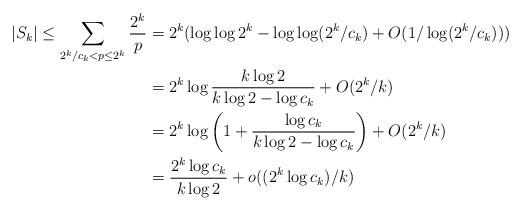
LaTeX: \begin{align*} \vert S_k\vert \leq \sum_{2^k/c_k<p\leq 2^k} \frac{2^k}{p}&=2^k(\log\log 2^k-\log\log (2^k/c_k)+O(1/\log(2^k/c_k)))\\ &=2^k\log \frac{k\log 2}{k\log 2-\log c_k} + O(2^k/k)\\ &=2^k\log\left(1+\frac{\log c_k}{k\log 2-\log c_k}\right)+O(2^k/k)\\ &=\frac{2^k\log c_k}{k\log 2}+o((2^k\log c_k)/k) \end{align*}